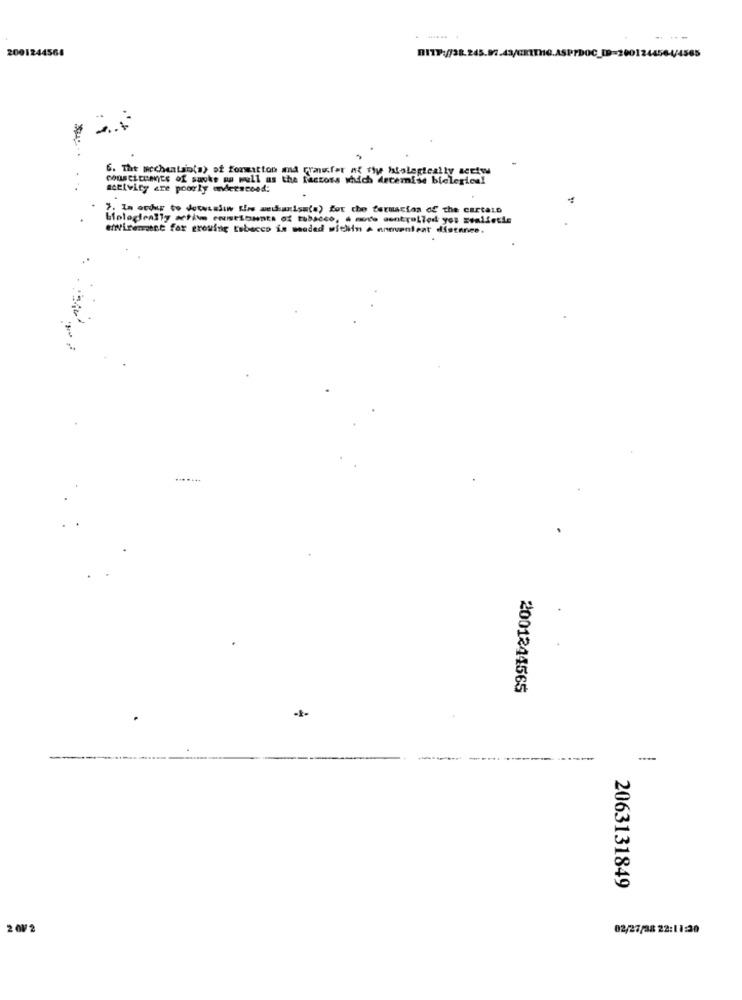
---
2001244568
6. The wocheatsio(s) of fomitton mma prawfar af fly Istolegteally acriw
conscicents of sauke ma wull as the factors which decerise bielegies!
activity are poorly understood:
7. La occur to doconstin Kiss mechanism(s) for the farmacias of the cartalo
biologieally active entibants of tobacco, à move controlled you sealletis
efiVirement for growing tabacco is meaded within A antventeat distance.
:
2001244565
-
-
2063131849
2 0V 2
02/27/38 22:11:30